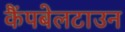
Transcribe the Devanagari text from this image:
कैंपबेलटाउन